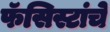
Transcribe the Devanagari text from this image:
फॅसिस्टांचे